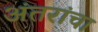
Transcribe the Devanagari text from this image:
अंतरांचा